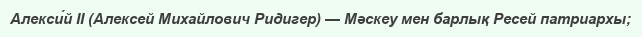
Алекси́й II (Алексей Михайлович Ридигер) — Мәскеу мен барлық Ресей патриархы;